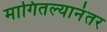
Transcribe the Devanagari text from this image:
मागितल्यानंतर